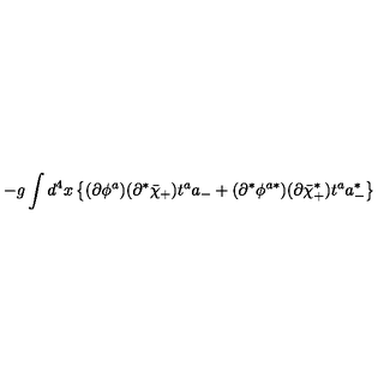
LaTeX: - g \int d ^ { 4 } x \left\{ ( \partial \phi ^ { a } ) ( \partial ^ { * } \bar { \chi } _ { + } ) t ^ { a } a _ { - } + ( \partial ^ { * } \phi ^ { a * } ) ( \partial \bar { \chi } _ { + } ^ { * } ) t ^ { a } a _ { - } ^ { * } \right\}